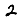
Digit: 2